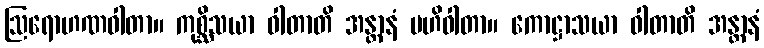
ဩရောဟဏဝါတာ။ ကုစ္ဆိသယာ ဝါတာတိ အန္တာနံ ဗဟိဝါတာ။ ကောဋ္ဌာသယာ ဝါတာတိ အန္တာနံ